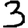
Digit: 3